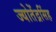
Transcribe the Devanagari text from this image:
ज्योतेंद्रसिंह